Indian journal of veterinary science and animal husbandry - Volume 13,
Year: 1943
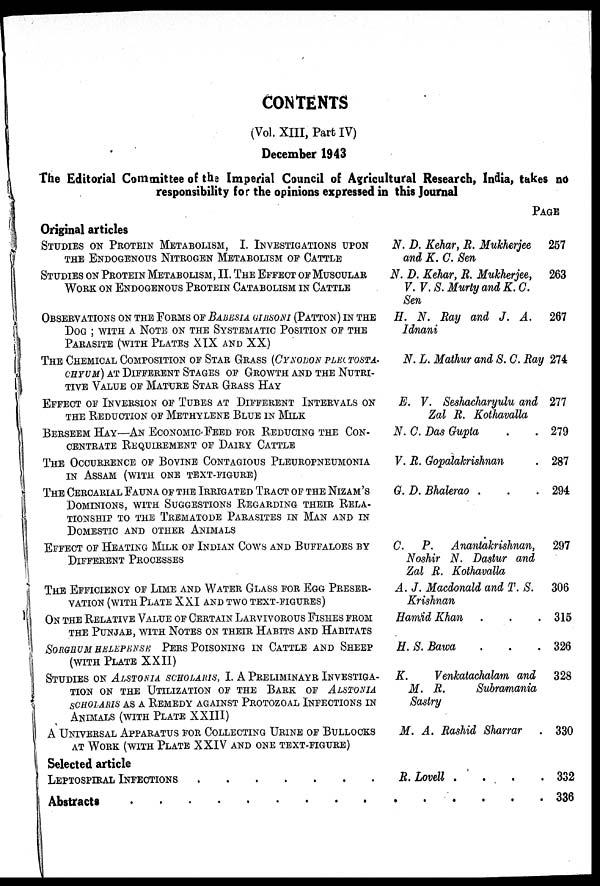
CONTENTS
(Vol. XIII, Part IV)
December 1943
The Editorial Committee of the Imperial Council of Agricultural Research, India, takes no
responsibility for the opinions expressed in this Journal
Original articles
STUDIES ON PROTEIN METABOLISM, I. INVESTIGATIONS UPON
THE ENDOGE NITROGNE METABOLISM OF CATTLE
STUDIES ON PROTEIN METABOLISM, II. THE EFFECT OF MUSCULAR
WORK ON ENDOGENOUS PROTEIN CATABOLISM IN CATTLE
OBSERVATION ON THE FORMS OF BABESIA GIBSONI (PATTON) IN THE
DOG ; WITH A NOTE ON THE SYSTEMATIC POSITION OF THE
PARASITE (WITH PLATES XIX AND XX)
THE CHEMICAL COMPOSITION OF STAR GRASS (CYNODON PLEOTOSTA-
CHYUM) AT DIFFERENT STAGES OF GROWTH AND THE NUTRI-
TIVE VALUE OF MATURE STAR GRASS HAY
EFFECT OF INVERSION OF TUBES AT DIFFERENT INTERVALS ON
THE REDUCTION OF METHYLENE BLUE IN MILK
BERSEEM HAY—AN ECONOMIC-FEED FOR REDUCING THE CON-
CENTRATE REQUIREMENT OF DAIRY CATTLE
THE OCCURRENCE OF BOVINE CONTAGIOUS PLEUROPNEUMONIA
IN ASSAM (WITH ONE TEXT-FIGURE)
THE CERCARIAL FAUNA OF THE IRRIGATED TRACT OF THE NIZAM'S
DOMINIONS, WITH SUGGESTIONS REGARDING THEIR RELA-
TIONSHIP TO THE TREMATODE PARASITES IN MAN AND IN
DOMESTIOC AND OTHER ANIMALS
EFFECT OF HEATING MILK OF INDIAN COWS AND BUFFALOES BY
DIFFERENT PROCESSES
THE EFFICIENCY OF LIME AND WATER GLASS FOR EGG PRESER-
VATION (WITH PLATE XXI AND TWO TEXT-FIGURE)
ON THE RELATIVE VALUE OF CERTAIN LARVICOROUS FISHES FROM
THE PUNJAB, WITH NOTES ON THIER HABITS AND HABITATS
SORGHUM HELEPENSE PERS POISONING IN CATTLE AND SHEEP
(WITH PLATE XXII)
STUDIES ON ALSTONIA SCHOLARIS, I. A PRELIMINARY INVESTIGA-
TION ON THE UTILIZATION OF THE BARK OF ALSTONIA
SCHOLARIS AS A REMEDY AGAINST PROTOZOAL INFECTIONS IN
ANIMALS (WITH PLATE XXIII)
A UNIVERSAL APPARATUS FOR COLLECTING URINE OF BULLOCKS
AT WORK (WITH PLATE XXIV AND ONE TEXT-FIGURE)
Selected article
LEPTOSPIRAL INFECTIONS . . . . . . .
N. D. Kehar, B. Mukherjee
and K. C. Sen
N. D. Kehar, B. Mukherjee,
V. V.S. Murty and K.C.
Sen
H. N. Ray and J. A.
Idnani
N. L. Mathur and S. G. Ray
E. V. Seshacchayulu and
Zal R. Kothavalla
N. C. Das Gupta . .
V. B. Gopalakrishnan .
G. D. Bhalerao . . .
C. P.
Anantakrishnan,
Noshir N. Dastur and
Zal B. Kothavalla
A. J. Macdonald and T. S.
Krishnan
Hamid Khan . . .
H. S. Bawa . . .
K.
Venkatachalam
and
M. B.
Subramania
Sastry
M. A. Rashid Sharrar .
B. Lovell .
.
.
.
Abstract . . . . . . . . . . . . . . .
PAGE
257
263
267
274
277
279
287
294
297
306
315
326
328
330
332
336